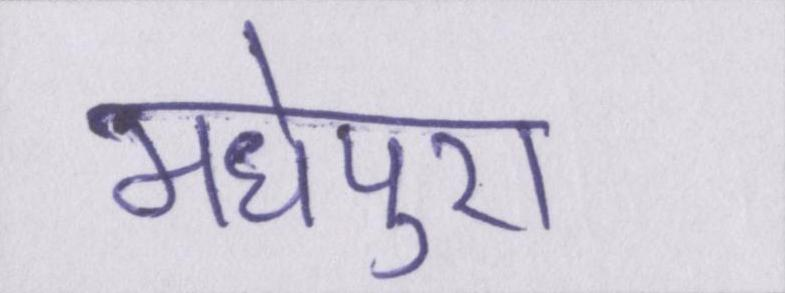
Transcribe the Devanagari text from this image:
मधेपुरा